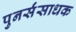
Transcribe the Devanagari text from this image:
पुनर्संसाधक